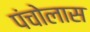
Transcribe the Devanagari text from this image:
पंचोलास